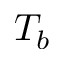
T _ { b }